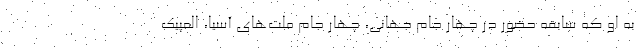
به او که سابقه حضور در چهار جام جهانی، چهار جام ملت‌های آسیا، المپیک